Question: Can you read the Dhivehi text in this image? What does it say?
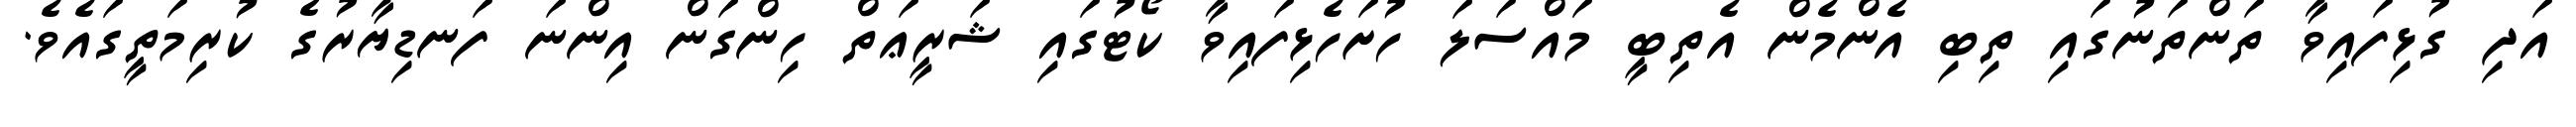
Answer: އަދި ގުޅިފައިވާ ތަންތަނުގައި ތިބި އެންމެން އެތިބީ މައްސަލަ ހުށަހެޅިފައިވާ ކޯޓުގައި ޝަރީޢަތް ހިންގަން އިންނަ ފަނޑިޔާރުގެ ކުރިމަތީގައެވެ.